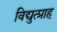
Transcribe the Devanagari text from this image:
विद्युत्प्राह